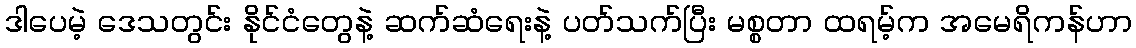
ဒါပေမဲ့ ဒေသတွင်း နိုင်ငံတွေနဲ့ ဆက်ဆံရေးနဲ့ ပတ်သက်ပြီး မစ္စတာ ထရမ့်က အမေရိကန်ဟာ